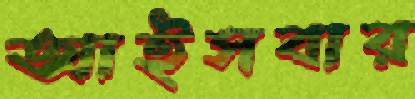
আইসবার